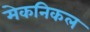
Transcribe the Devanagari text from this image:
मेकनिकल